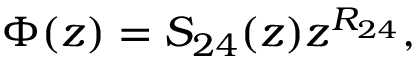
\Phi ( z ) = S _ { 2 4 } ( z ) z ^ { R _ { 2 4 } } ,